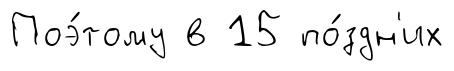
Поэ́тому в 15 по́здн'их